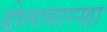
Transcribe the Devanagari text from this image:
ढोलासारखा